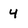
Character: 4